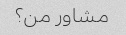
مشاور من؟